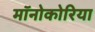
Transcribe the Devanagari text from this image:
मॉनोकोरिया